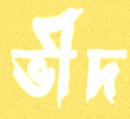
ভীদ